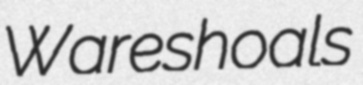
Wareshoals